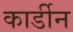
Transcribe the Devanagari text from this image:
कार्डीन